Leaving Certificate Examination (including Day School Certificate (Higher) General paper), 1926
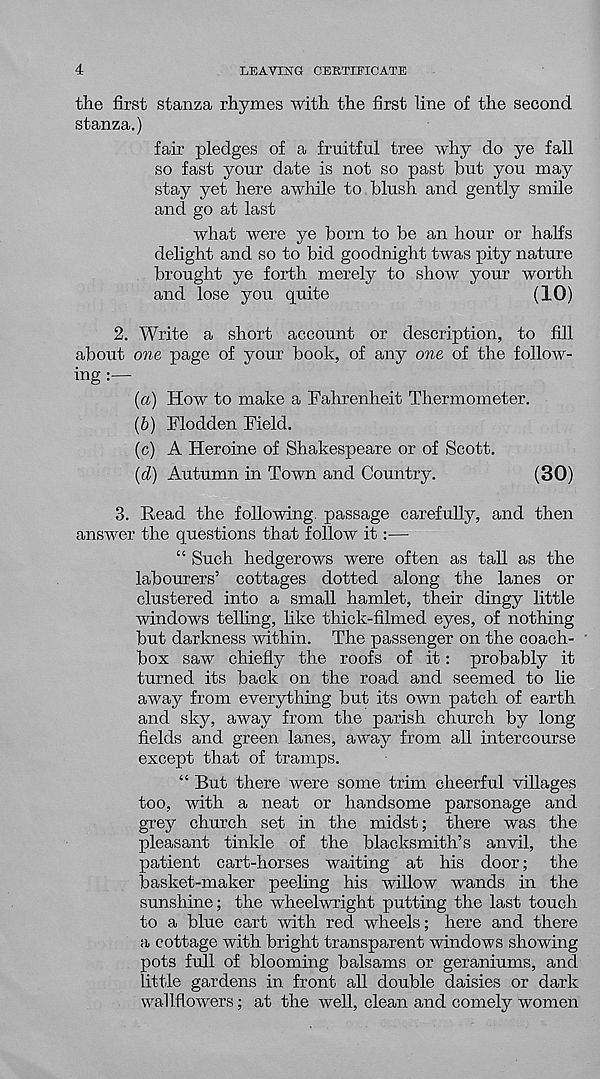
4
LEAVING CERTIFICATE
the first stanza rhymes with the first line of the second
stanza.)
fair pledges of a fruitful tree why do ye fall
so fast your date is not so past but you may
stay yet here awhile to blush and gently smile
and go at last
what were ye born to be an hour or halfs
delight and so to bid goodnight twas pity nature
brought ye forth merely to show your worth
and lose you quite
(10)
2. Write a short account or description, to fill
about one page of your book, of any one of the follow-
ing
{a) How to make a Fahrenheit Thermometer.
(6) Flodden Field.
(c) A Heroine of Shakespeare or of Scott.
{(1) Autumn in Town and Country.
(30)
3. Read the following, passage carefully, and then
answer the questions that follow it:—
“ Such hedgerows were often as tall as the
labourers’ cottages dotted along the lanes or
clustered into a small hamlet, their dingy little
windows telling, like thick-filmed eyes, of nothing
but darkness within. The passenger on the coach-
box saw chiefly the roofs of it: probably it
turned its back on the road and seemed to lie
away from everything but its own patch of earth
and sky, away from the parish church by long
fields and green lanes, away from all intercourse
except that of tramps.
“ But there were some trim cheerful villages
too, with a neat or handsome parsonage and
grey church set in the midst; there was the
pleasant tinkle of the blacksmith’s anvil, the
patient cart-horses waiting at his door; the
basket-maker peeling his willow wands in the
sunshine; the wheelwright putting the last touch
to a blue cart with red wheels; here and there
a cottage with bright transparent windows showing
pots full of blooming balsams or geraniums, and
little gardens in front all double daisies or dark
wallflowers; at the well, clean and comely women